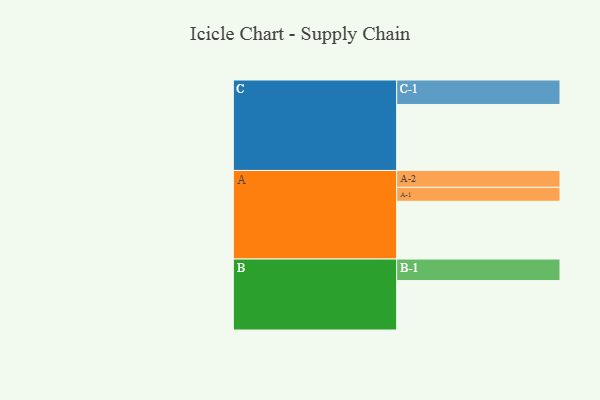
{"axis": {"x": "Segment", "y": "Value"}, "legend": ["", "A", "B", "C"], "data": [{"x": "A", "y": 373, "type": ""}, {"x": "B", "y": 319, "type": ""}, {"x": "C", "y": 426, "type": ""}, {"x": "A-1", "y": 90, "type": "A"}, {"x": "A-2", "y": 109, "type": "A"}, {"x": "B-1", "y": 139, "type": "B"}, {"x": "C-1", "y": 158, "type": "C"}]}